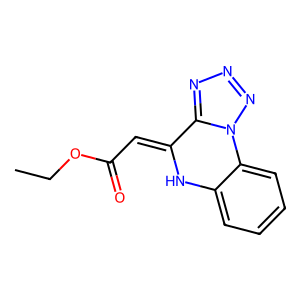
SMILES: CCOC(=O)C=C1Nc2ccccc2-n2nnnc21
Inhibits HIV replication: No